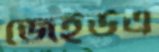
জেইউএ